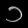
Digit: ၁